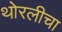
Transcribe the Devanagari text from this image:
थोरलीचा